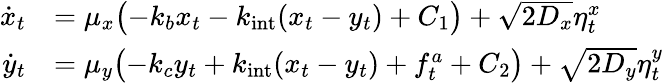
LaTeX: \begin{array}{rl}{\dot{x}_{t}}&{=\mu_{x}\bigl(-k_{b}x_{t}-k_{\mathrm{int}}(x_{t}-y_{t})+C_{1}\bigr)+\sqrt{2D_{x}}\eta_{t}^{x}}\\ {\dot{y}_{t}}&{=\mu_{y}\bigl(-k_{c}y_{t}+k_{\mathrm{int}}(x_{t}-y_{t})+f_{t}^{a}+C_{2}\bigr)+\sqrt{2D_{y}}\eta_{t}^{y}}\end{array}